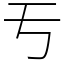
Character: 亐